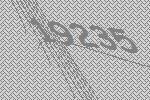
19235